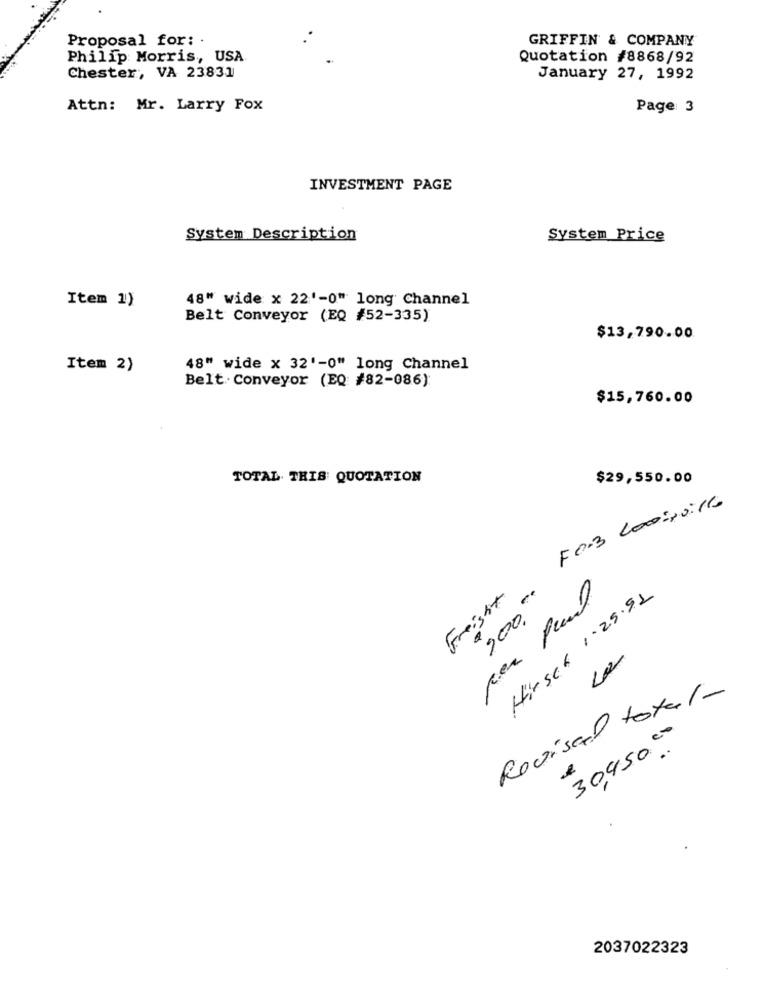
Proposal for:
GRIFFIN & COMPANY
Philip Morris, USA
Quotation #8868/92
Chester, VA 23831
January 27, 1992
Attn: Mr. Larry Fox
Page 3
INVESTMENT PAGE
System Description
System Price
Item 1)
48" wide x 22'-0" long Channel
Belt Conveyor (EQ #52-335)
$13,790.00
Item 2)
48" wide x 32'-0" long Channel
Belt.Conveyor (EQ #82-086)
$15,760.00
TOTAL. THIS QUOTATION
$29,550.00
F0.3 Loosoile
Freight
per Pul
200,00
Hirsch 1-25.91
Revisel total-
30,450.00
2037022323